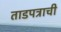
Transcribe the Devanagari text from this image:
ताडपत्राची